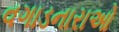
વગાડનારાઓ